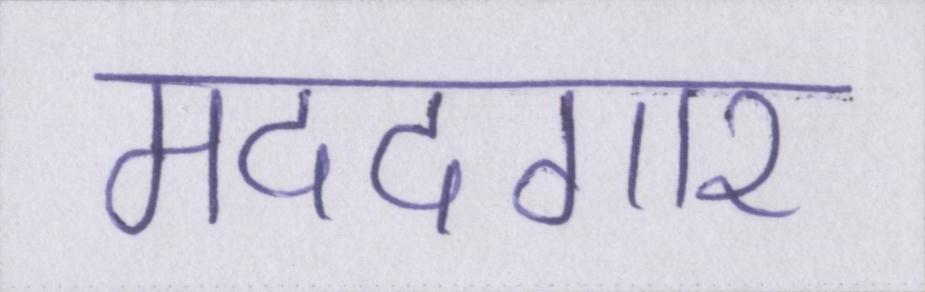
मददगार